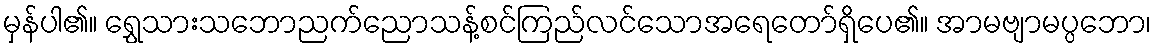
မှန်ပါ၏။ ရွှေသားသဘောညက်ညောသန့်စင်ကြည်လင်သောအရေတော်ရှိပေ၏။ အာမဗျာမပ္ပဘော၊